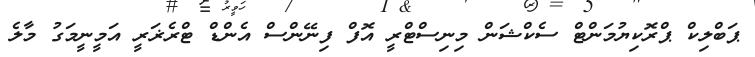
ޕަބްލިކް ޕްރޮކިޔުމަންޓް ސެކްޝަން މިނިސްޓްރީ އޮފް ފިނޭންސް އެންޑް ޓްރެޜަރީ އަމީނީމަގު މާލެ